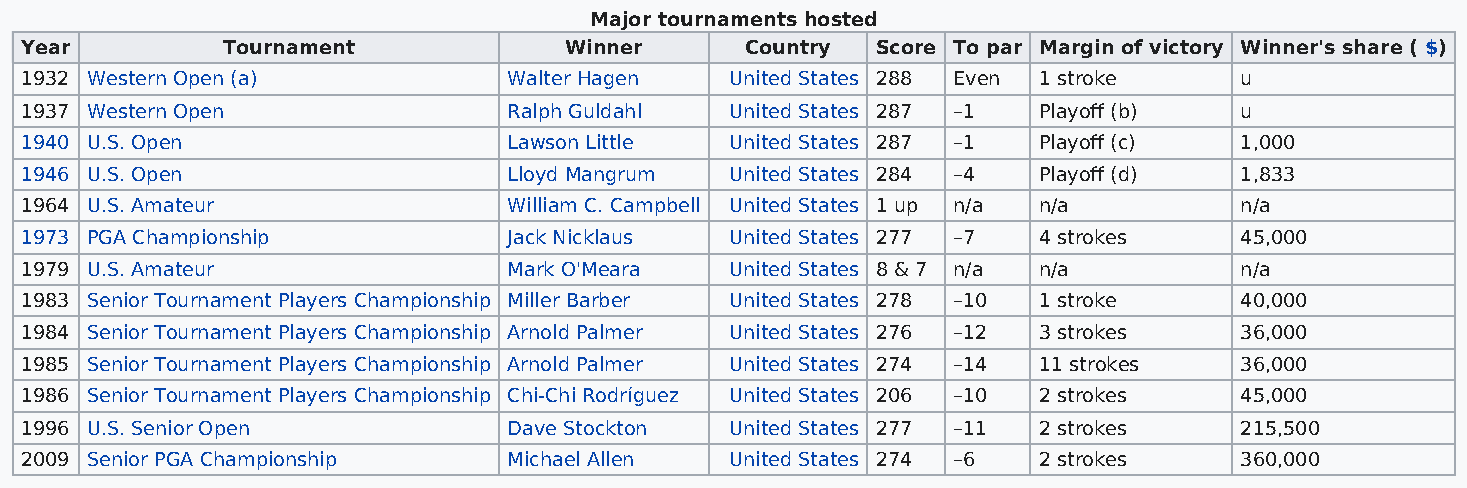
Major tournaments hosted
 Year          Tournament            Winner      Country  Score To par Margin of victory Winner's share ( $)
 1932 Western Open (a)            Walter Hagen  United States 288 Even 1 stroke   u
 1937 Western Open                Ralph Guldahl United States 287 –1 Playoff (b)  u
 1940 U.S. Open                   Lawson Little United States 287 –1 Playoff (c)  1,000
 1946 U.S. Open                   Lloyd Mangrum United States 284 –4 Playoff (d)  1,833
 1964 U.S. Amateur                William C. Campbell United States 1 up n/a n/a  n/a
 1973 PGA Championship            Jack Nicklaus United States 277 –7 4 strokes    45,000
 1979 U.S. Amateur                Mark O'Meara  United States 8 & 7 n/a n/a       n/a
 1983 Senior Tournament Players Championship Miller Barber United States 278 –10 1 stroke 40,000
 1984 Senior Tournament Players Championship Arnold Palmer United States 276 –12 3 strokes 36,000
 1985 Senior Tournament Players Championship Arnold Palmer United States 274 –14 11 strokes 36,000
 1986 Senior Tournament Players Championship Chi-Chi Rodríguez United States 206 –10 2 strokes 45,000
 1996 U.S. Senior Open            Dave Stockton United States 277 –11 2 strokes   215,500
 2009 Senior PGA Championship     Michael Allen United States 274 –6 2 strokes    360,000